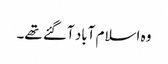
وہ اسلام آباد آگئے تھے۔